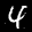
Label: 4